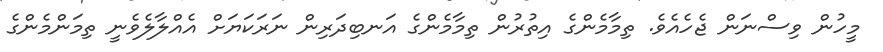
މީހުން ވިސްނަން ޖެހެއެވެ. ތިމާމެންގެ އިތުރުން ތިމާމެންގެ އަނބިދަރިން ނަރަކަޔަށް އެއްލާލެވެނީ ތިމަންމެންގެ